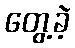
တွေ့ခဲ့